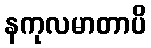
နကုလမာတာပိ